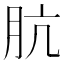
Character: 肮